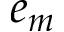
e _ { m }